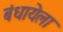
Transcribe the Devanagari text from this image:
बंधायेला